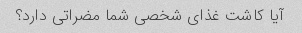
آیا کاشت غذای شخصی شما مضراتی دارد؟